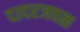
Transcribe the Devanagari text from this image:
दादरजवळ